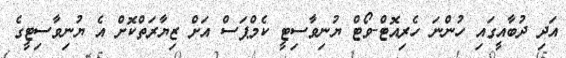
އަދި ދުބާއީގައި ހުންނަ ހެރިއޮޓް-ވޯޓް ޔުނިވާސިޓީ ކެމްޕަސް އަށް ޒިޔާރަތްކޮށް އެ ޔުނިވާސިޓީގެ